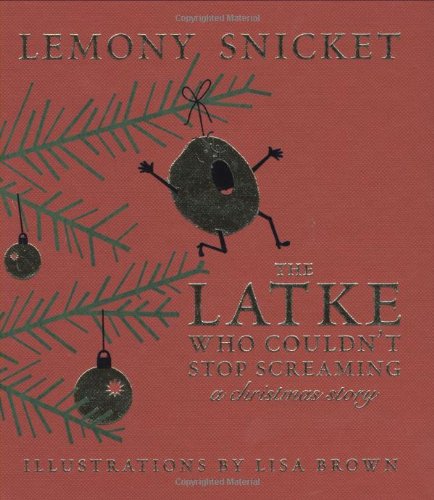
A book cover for The Latke Who Couldn't Stop Screaming: A Christmas Story; Lemony Snicket; Children's Books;